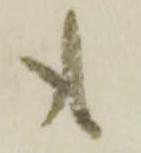
も